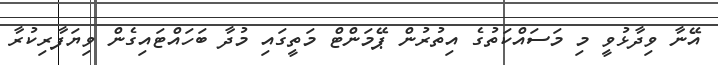
އޭނާ ވިދާޅުވީ މި މަސައްކަތުގެ އިތުރުން ޕޭމަންޓް މަތީގައި މުދާ ބަހައްޓައިގެން ވިޔަފާރިކުރާ